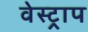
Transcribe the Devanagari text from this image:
वेस्ट्राप